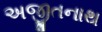
અજીતનાથ